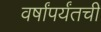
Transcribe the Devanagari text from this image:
वर्षांपर्यंतची